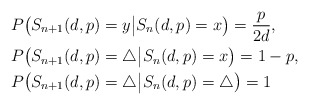
\begin{align*}&P\big(S_{n+1}(d,p)=y\big|S_n(d,p)=x\big)=\frac{p}{2d},\\&P\big(S_{n+1}(d,p)=\triangle\big|S_n(d,p)=x\big)=1-p,\\&P\big(S_{n+1}(d,p)=\triangle\big|S_n(d,p)=\triangle\big)=1 \end{align*}